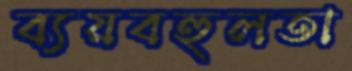
ব্যয়বহুলতা